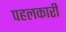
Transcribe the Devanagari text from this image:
पहलकारी